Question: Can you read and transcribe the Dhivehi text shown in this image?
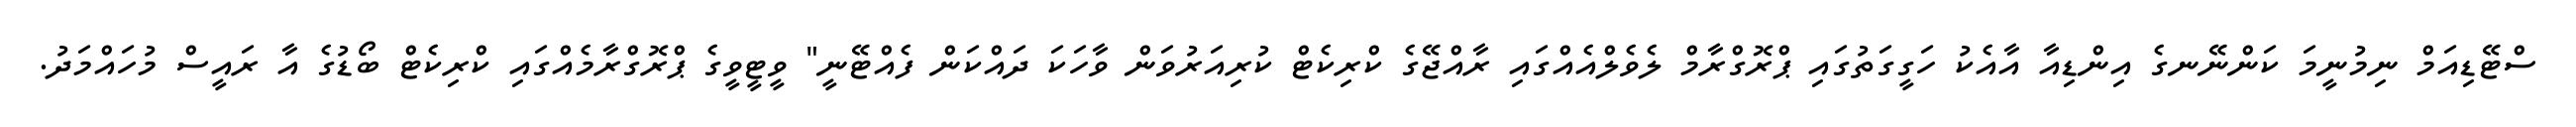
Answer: ސްޓޭޑިއަމް ނިމުނީމަ ކަންނޭނގެ އިންޑިއާ އާއެކު ހަގީގަތުގައި ޕްރޮގްރާމް ލެވެލްއެއްގައި ރާއްޖޭގެ ކްރިކެޓް ކުރިއަރުވަން ވާހަކަ ދައްކަން ފެއްޓޭނީ" ވީޓީވީގެ ޕްރޮގްރާމެއްގައި ކްރިކެޓް ބޯޑުގެ އާ ރައީސް މުހައްމަދު.